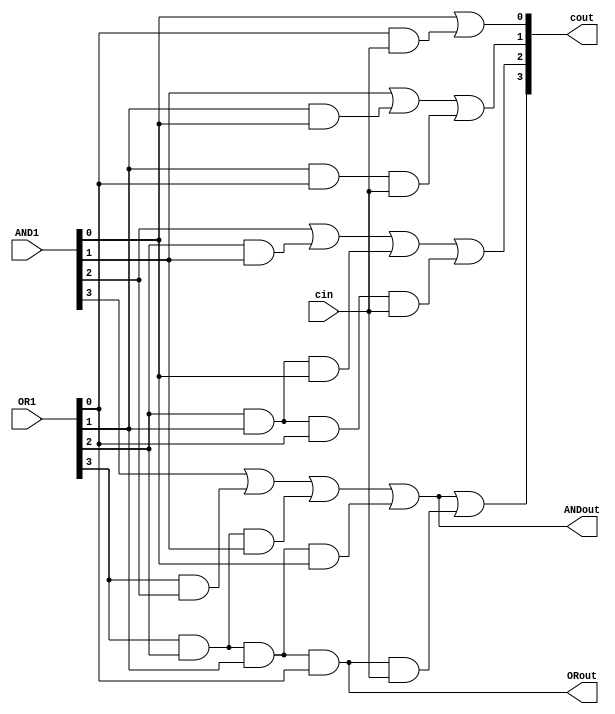

//Name 
//Student ID 0716221

module cla_4 (
             AND1,				//4 bits
             OR1,				//4 bits
			 ANDout,			//1 bit
			 ORout,				//1 bit
             cin,				//1 bits
             cout,				//4 bits
 ) ;
   input  [4-1:0] AND1, OR1;
   input  cin;
   output [4-1:0] cout;
   
   wire   and2, or2;
   output ANDout, ORout;

   assign cout[0] = AND1[0] | (OR1[0] & cin);
   assign cout[1] = AND1[1] | (OR1[1] & AND1[0]) | (OR1[1] & OR1[0] & cin);
   assign cout[2] = AND1[2] | (OR1[2] & AND1[1]) | (OR1[2] & OR1[1] & AND1[0]) | (OR1[2] & OR1[1] & OR1[0] & cin);
   
   assign or2 = (OR1[3] & OR1[2] & OR1[1] & OR1[0]);
   assign and2 = AND1[3] | (OR1[3] & AND1[2]) | (OR1[3] & OR1[2] & AND1[1]) | (OR1[3] & OR1[2] & OR1[1] & AND1[0]) ;
   
   assign cout[3] = and2 | (or2 & cin);
   
   assign ANDout = and2;
   assign ORout = or2;
   
endmodule